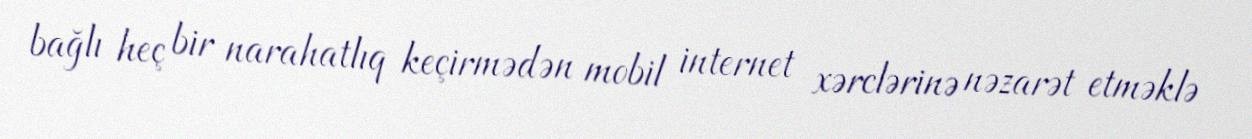
bağlı heç bir narahatlıq keçirmədən mobil internet xərclərinə nəzarət etməklə